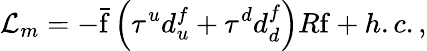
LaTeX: \mathcal{L}_{m}=-\mathrm{\bar{f}}\left(\tau^{u}d_{u}^{f}+\tau^{d}d_{d}^{f}\right)R\mathrm{f}+h.c.,